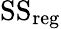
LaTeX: {\mathrm{SS}}_{\mathrm{reg}}